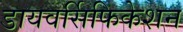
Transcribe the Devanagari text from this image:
डायवर्सिफिकेशन